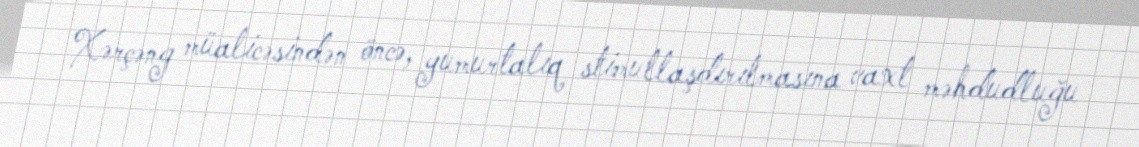
Xərçəng müalicəsindən öncə, yumurtalıq stimullaşdırılmasına vaxt məhdudluğu